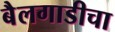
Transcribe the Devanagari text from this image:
बैलगाडीचा